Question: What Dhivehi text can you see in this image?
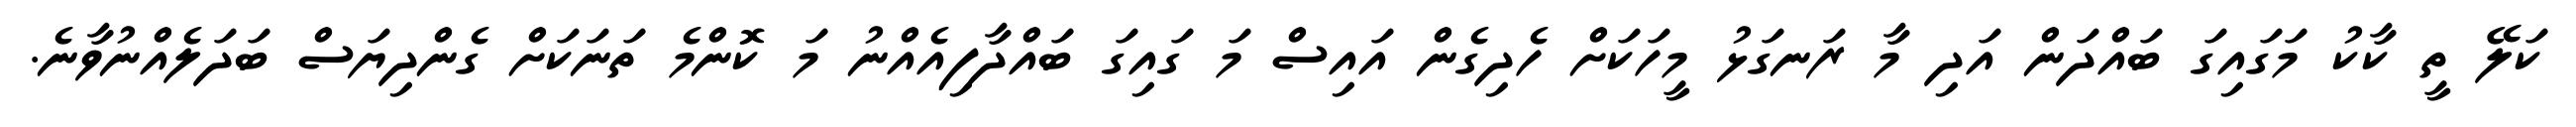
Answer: ކަލޭ ތީ ކާކު މަގައިގަ ބައްދަން އަދި މާ ރަނގަޅު މީހަކަށް ހެދިގެން އައިސް މަ ގައިގަ ބައްދާފިއެއްނު މަ ކޮންމެ ތަނަކަށް ގެންދިޔަސް ބަދަލެއްނުވާނެ.